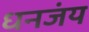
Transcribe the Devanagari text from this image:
धनजंय